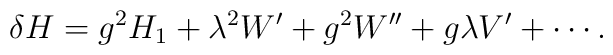
\delta H= g^{2}H_{1}+\lambda^{2}W'+g^{2}W''+ g\lambda V'+\cdots.